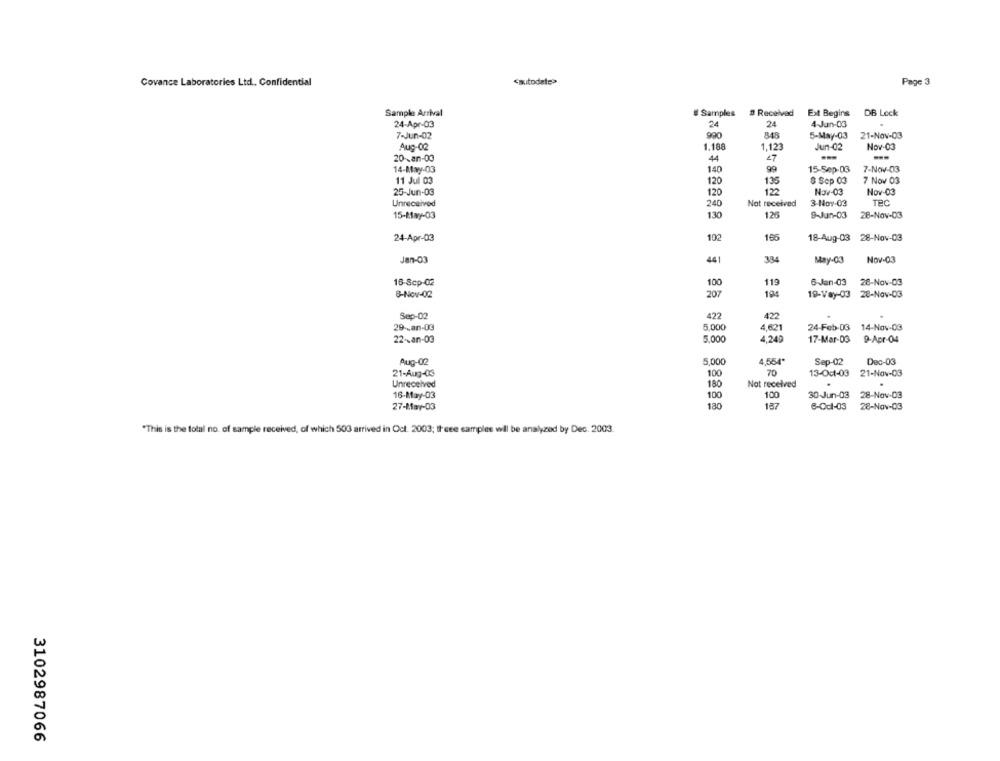
Covance Laboratories Ltd. Confidential
<autodate>
Page 3
Sample Arrival
# Samples
# Received
Ext Begins
DB Lock
24
24
24-Apr-03
4-Jun-03
7-Jun-02
990
848
5-May-03
21-Nov-03
Aug-02
1.188
1,123
Jun-02
Nov-03
20 -. an-00
44
47
--
--
14-May-03
99
7-Nov-03
140
15-Sep-03
11 Jul 03
120
13
8 Sep 03
7 Nov 03
25-Jun-03
122
Nav-03
120
Nov-03
Unreceived
240
Not received
3-Nov-03
TEC
130
126
9-Jun-03
15-May-03
28-Nov-03
24-Apr-03
10
195
18-Aug-03 28-Nov-03
Jan-03
441
384
Nov-03
May-03
16-Scp-02
100
119
6-Jan-03
28-Nov-03
8-Nov-02
207
194
19-Vay-03 28-Nov-03
Sep-02
422
422
.
29 -- an-03
5,000
4,621
24-Feb-03
14-Nov-03
22 -- an-03
5,000
4,249
17-Mar-03
9-Apr-04
Aug-02
5,000
4,554"
Sep-02
Dec-03
21-Aug-03
100
70
13-Oct-03
21-Nov-03
Unreceived
180
Not received
.
.
16-May-03
100
100
30-Jun-03
28-Nov-03
27-May-03
180
13
6-0cl-03
28-Nav-03
"This is the total no. of sample received, of which 503 arrived in Oct. 2003; these samples will be analyzed by Dec. 2003.
3102987066